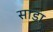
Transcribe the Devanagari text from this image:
साडा